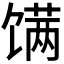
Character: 𬳏